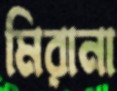
মিরানা